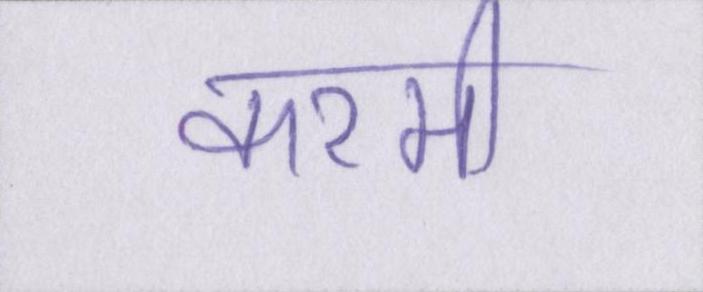
करमी